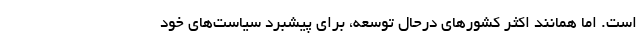
است. اما همانند اکثر کشور‌های درحال توسعه، برای پیشبرد سیاست‌های خود